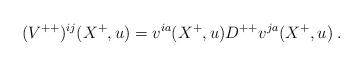
LaTeX: \begin{align*} ({ V}^{++})^{ij}(X^+,u) =v^{ia}(X^+,u)D^{++}v^{ja}(X^+,u)\; .\end{align*}